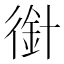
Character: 𢔿